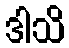
ဒါသိ